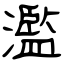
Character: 濫